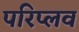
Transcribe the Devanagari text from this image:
परिप्लव